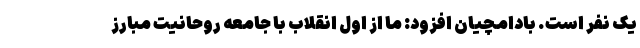
یک نفر است. بادامچیان افزود: ما از اول انقلاب با جامعه روحانیت مبارز